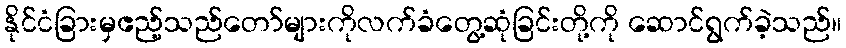
နိုင်ငံခြားမှဧည့်သည်တော်များကိုလက်ခံတွေ့ဆုံခြင်းတို့ကို ဆောင်ရွက်ခဲ့သည်။